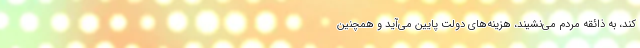
کند، به ذائقه مردم می‌نشیند، هزینه‌های دولت پایین می‌آید و همچنین